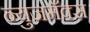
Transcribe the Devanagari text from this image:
न्युजमॅक्स